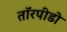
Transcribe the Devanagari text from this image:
तॉरपीडो